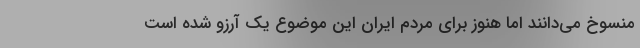
منسوخ می‌دانند اما هنوز برای مردم ایران این موضوع یک آرزو شده است